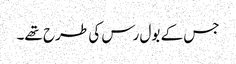
جس کے بول رس کی طرح تھے۔